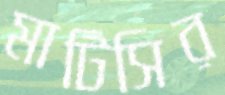
মাটিসির